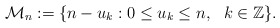
\begin{align*}\mathcal{M}_n:=\{n-u_k: 0\leq u_k\leq n,\ \ k\in \mathbb{Z}\}.\end{align*}